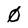
Character: 0